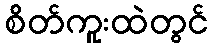
စိတ်ကူးထဲတွင်